Document type: Sale
Year: 1323
Scribe: Guillem Coscoll
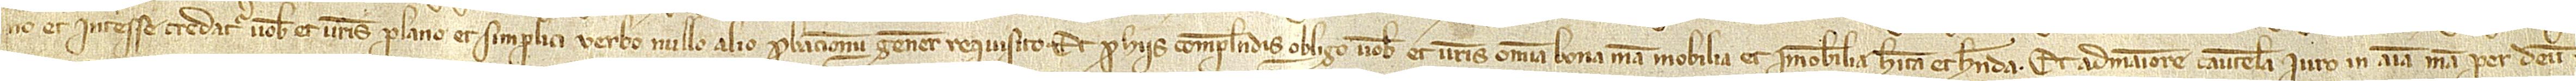
no et interesse credatur vobis et vestris plano et simplici verbo, nullo alio probacionum genere requisito. Et pro hiis complendis obligo vobis et vestris omnia bona mea, mobilia et immobilia, habita et habenda. Et ad maiorem cautelam iuro in anima mea per Deum